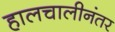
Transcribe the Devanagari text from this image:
हालचालीनंतर